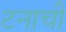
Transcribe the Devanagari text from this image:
टनाची